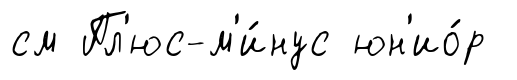
см Пл'юс-м'и́нус юн'ио́р